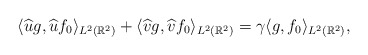
\begin{align*}\langle \widehat{u}g, \widehat{u}f_0 \rangle_{L^2 (\mathbb{R}^2)} + \langle \widehat{v}g, \widehat{v}f_0 \rangle_{L^2 (\mathbb{R}^2)} = \gamma \langle g,f_0 \rangle_{L^2 (\mathbb{R}^2)},\end{align*}